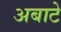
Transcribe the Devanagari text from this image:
अबाटे